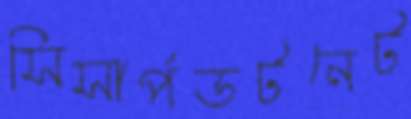
সিসার্পডটনেট